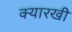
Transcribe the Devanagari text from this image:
क्यारखी